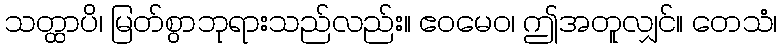
သတ္ထာပိ၊ မြတ်စွာဘုရားသည်လည်း။ ဧဝမေဝ၊ ဤအတူလျှင်။ တေသံ၊